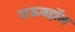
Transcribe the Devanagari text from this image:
टाऊनहॉल